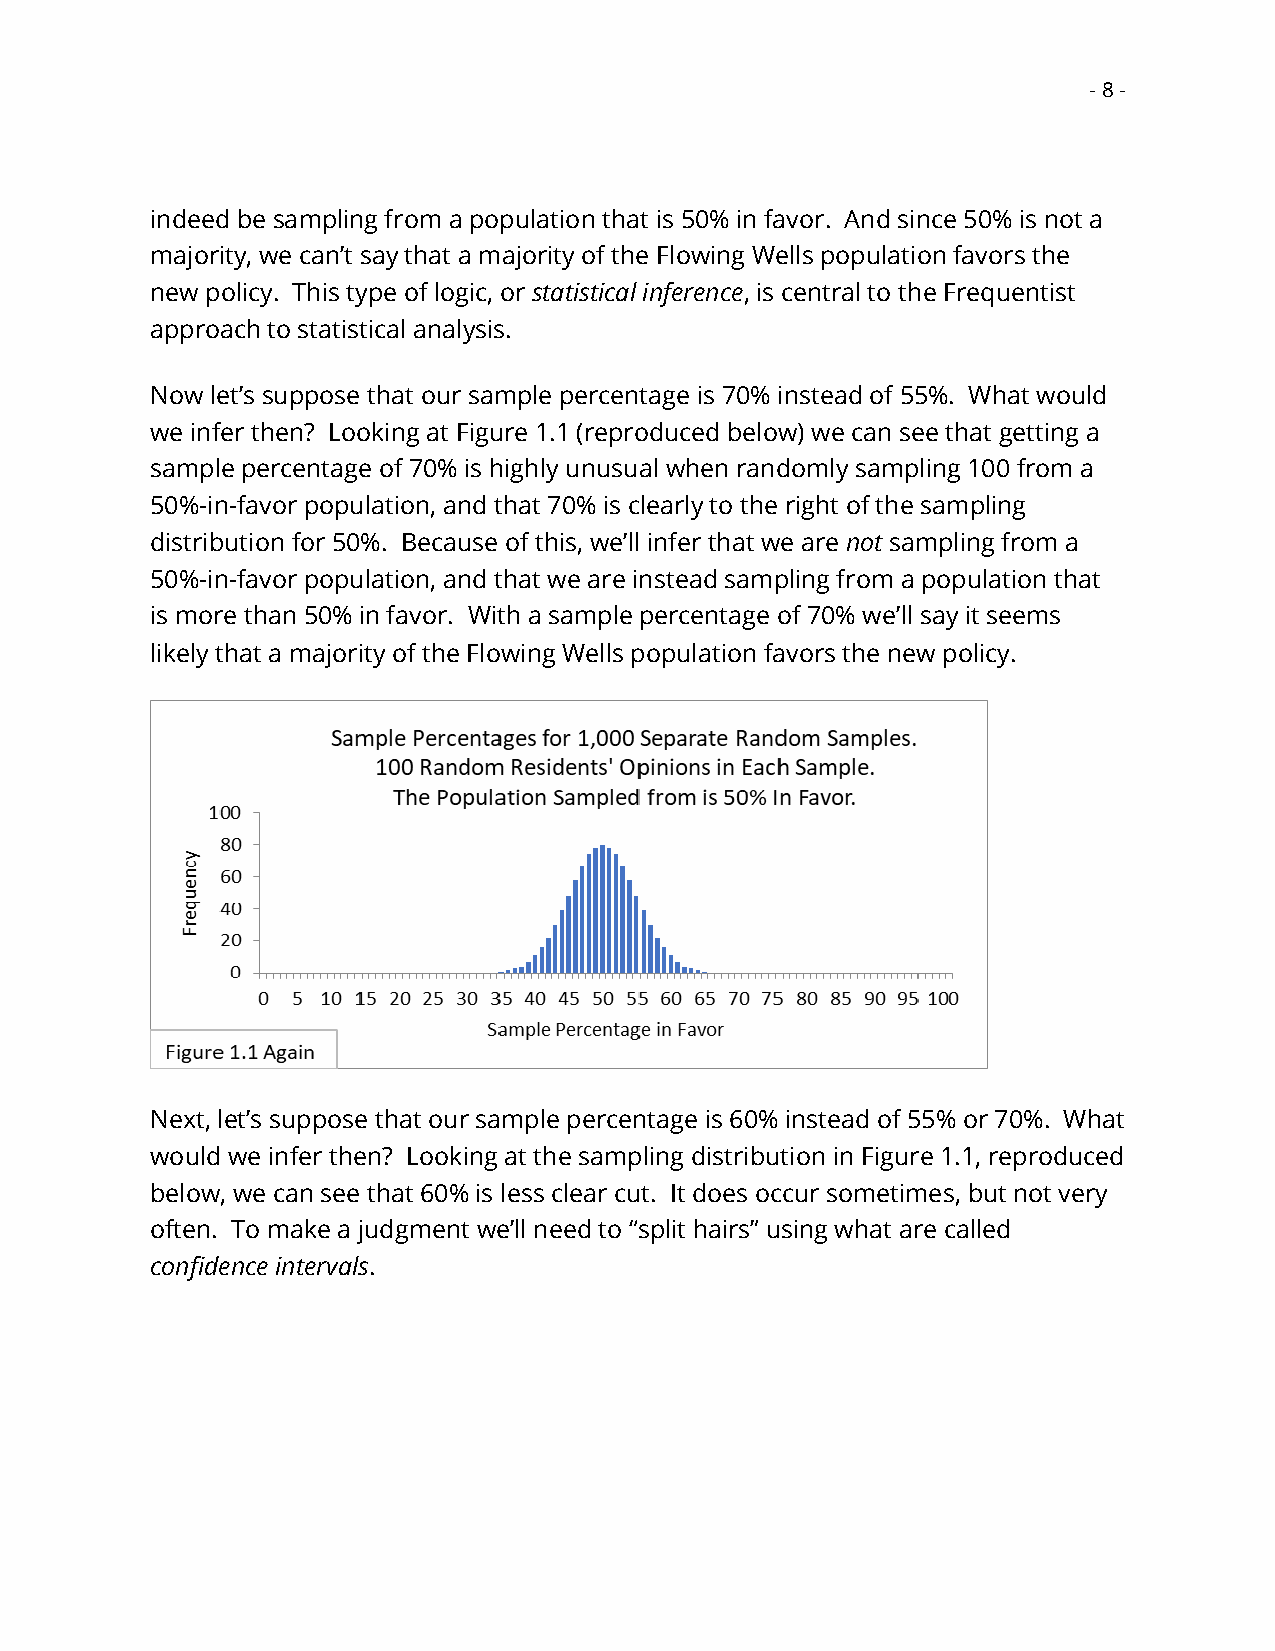
- 8 -
 indeed be sampling from a population that is 50% in favor. And since 50% is not a
 majority, we can’t say that a majority of the Flowing Wells population favors the
 new policy. This type of logic, or statistical inference, is central to the Frequentist
 approach to statistical analysis.
 Now let’s suppose that our sample percentage is 70% instead of 55%. What would
 we infer then? Looking at Figure 1.1 (reproduced below) we can see that getting a
 sample percentage of 70% is highly unusual when randomly sampling 100 from a
 50%-in-favor population, and that 70% is clearly to the right of the sampling
 distribution for 50%. Because of this, we’ll infer that we are not sampling from a
 50%-in-favor population, and that we are instead sampling from a population that
 is more than 50% in favor. With a sample percentage of 70% we’ll say it seems
 likely that a majority of the Flowing Wells population favors the new policy.
 Next, let’s suppose that our sample percentage is 60% instead of 55% or 70%. What
 would we infer then? Looking at the sampling distribution in Figure 1.1, reproduced
 below, we can see that 60% is less clear cut. It does occur sometimes, but not very
 often. To make a judgment we’ll need to “split hairs” using what are called
 confidence intervals.